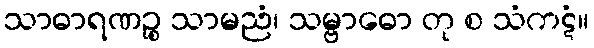
သာဓာရဏဉ္စ သာမညံ၊ သမ္ဗာဓော တု စ သံကဋံ။